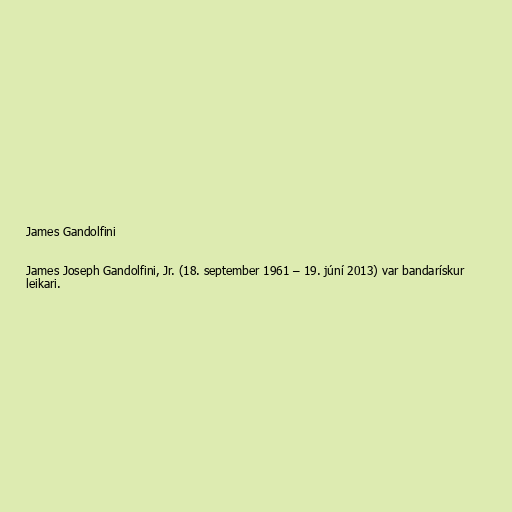
James Gandolfini

James Joseph Gandolfini, Jr. (18. september 1961 – 19. júní 2013) var bandarískur
leikari.